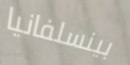
بينسلفانيا